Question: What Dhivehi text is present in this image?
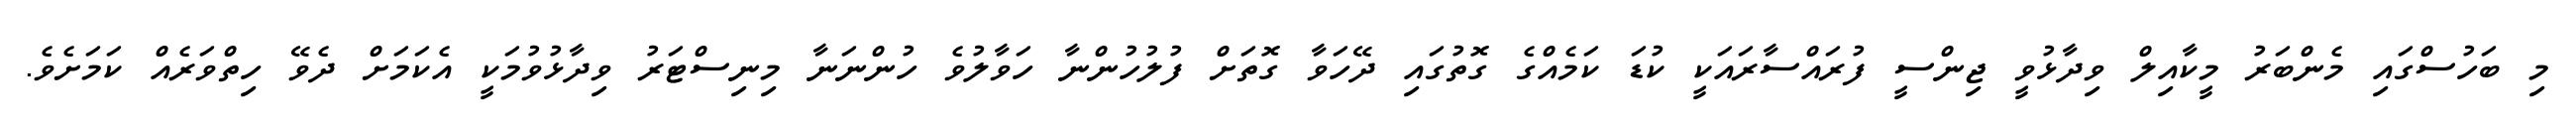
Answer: މި ބަހުސްގައި މެންބަރު މީކާއިލް ވިދާޅުވީ ޖިންސީ ފުރައްސާރައަކީ ކުޑަ ކަމެއްގެ ގޮތުގައި ދޭހަވާ ގޮތަށް ފުލުހުންނާ ހަވާލުވެ ހުންނަނާ މިނިސްޓަރު ވިދާޅުވުމަކީ އެކަމަށް ދެވޭ ހިތްވަރެއް ކަމަށެވެ.